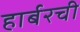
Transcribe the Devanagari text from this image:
हार्बरची